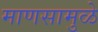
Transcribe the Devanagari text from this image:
माणसामुळे